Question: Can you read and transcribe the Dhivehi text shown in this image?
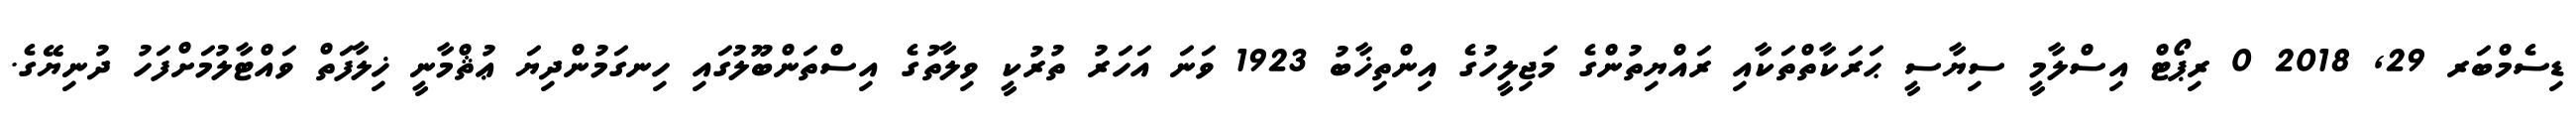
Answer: ޑިސެމްބަރ 29, 2018 0 ރިޕޯޓް އިސްލާމީ ސިޔާސީ ޙަރަކާތްތަކާއި ރައްޔިތުންގެ މަޖިލީހުގެ އިންތިޚާބު 1923 ވަނަ އަހަރު ތުރުކީ ވިލާތުގެ އިސްތަންބޫލުގައި ހިނގަމުންދިޔަ ޢުޘްމާނީ ޚިލާފަތް ވައްޓާލުމަށްފަހު ދުނިޔޭގެ.